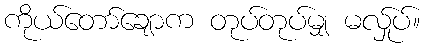
ကိုယ်တော်ချောက တုပ်တုပ်မျှ မလ်ှုပ်။